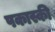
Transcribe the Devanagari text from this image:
पकास्की